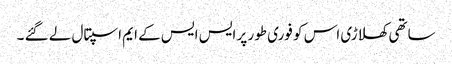
ساتھی کھلاڑی اس کو فوری طور پر ایس ایس کے ایم اسپتال لے گئے ۔